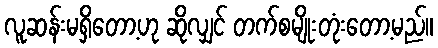
လူဆန်းမရှိတော့ဟု ဆိုလျှင် တက်စမျိုးတုံးတော့မည်။